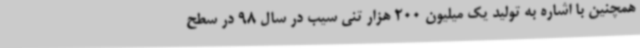
همچنین با اشاره به تولید یک میلیون 200 هزار تنی سیب در سال 98 در سطح